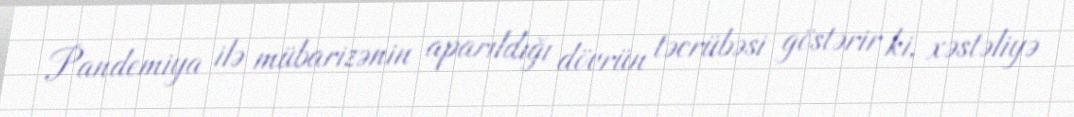
Pandemiya ilə mübarizənin aparıldığı dövrün təcrübəsi göstərir ki, xəstəliyə